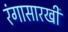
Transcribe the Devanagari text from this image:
रंगासारखी